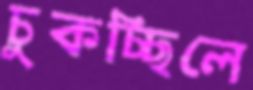
চুকচ্ছিলে